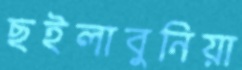
ছইলাবুনিয়া